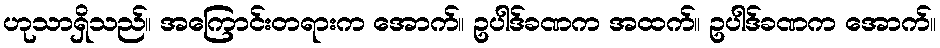
ဟုသာရှိသည်။ အကြောင်းတရားက အောက်။ ဥပါဒ်ခဏက အထက်။ ဥပါဒ်ခဏက အောက်။